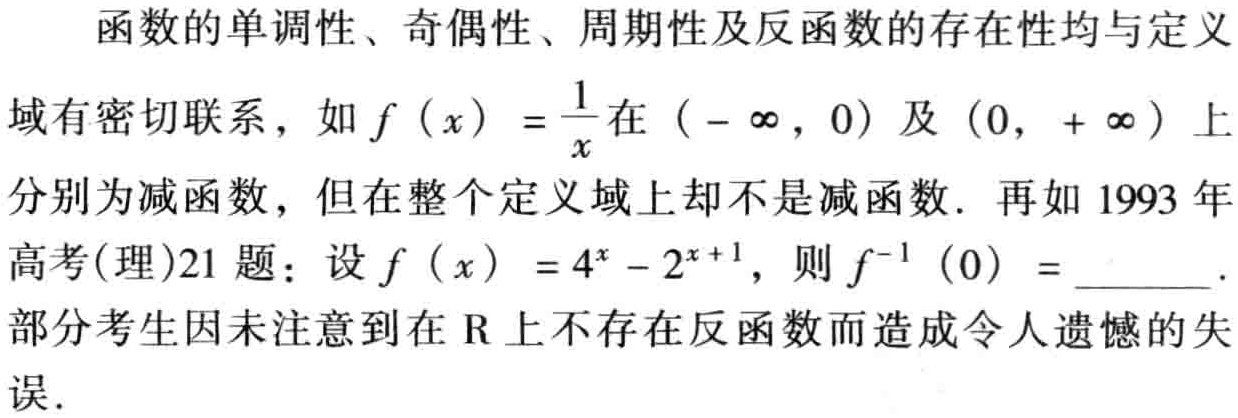
函数的单调性、奇偶性、周期性及反函数的存在性均与定义域有密切联系，如\(f(x)=\frac{1}{x}\)在\((-\infty,0)\)及\((0,+\infty)\)上分别为减函数，但在整个定义域上却不是减函数. 再如1993年高考(理)21题：设\(f(x)=4^{x}-2^{x + 1}\)，则\(f^{-1}(0)=\)  .部分考生因未注意到在\(\mathrm{R}\)上不存在反函数而造成令人遗憾的失误.